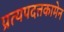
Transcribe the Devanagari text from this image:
प्रत्यपदत्तकामेन